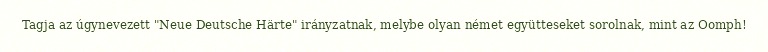
Tagja az úgynevezett "Neue Deutsche Härte" irányzatnak, melybe olyan német együtteseket sorolnak, mint az Oomph!